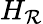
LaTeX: H_{\mathcal{R}}